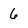
Character: 6